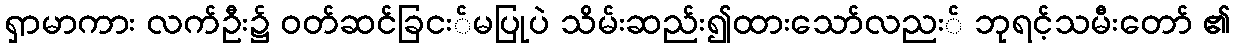
ရှာမာကား လက်ဦး၌ ဝတ်ဆင်ခြငး်မပြုပဲ သိမ်းဆည်း၍ထားသော်လညး် ဘုရင့်သမီးတော် ၏